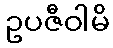
ဥပဇီဝါမိ